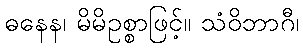
ဓနေန၊ မိမိဥစ္စာဖြင့်။ သံဝိဘာဂီ၊